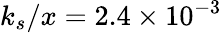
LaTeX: k_{s}/x=2.4\times 10^{-3}